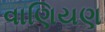
વાણિયણ